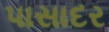
પાસાદર